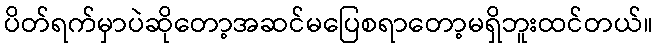
ပိတ်ရက်မှာပဲဆိုတော့အဆင်မပြေစရာတော့မရှိဘူးထင်တယ်။